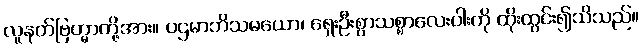
လူနတ်ဗြဟ္မာတို့အား။ ပဌမာဘိသမယော၊ ရှေးဦးစွာသစ္စာလေးပါးကို ထိုးထွင်း၍သိသည်။